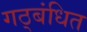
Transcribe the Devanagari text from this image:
गठ्बंधित